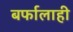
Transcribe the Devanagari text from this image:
बर्फालाही